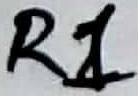
Text: R1